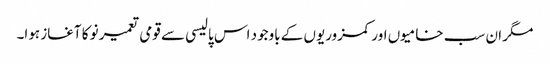
مگر ان سب خامیوں اور کمزوریوں کے باوجود اس پالیسی سے قومی تعمیر نو کا آغاز ہوا۔